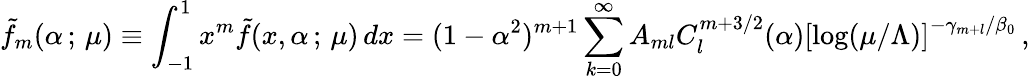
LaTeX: \tilde{f}_{m}(\alpha\, ;\, \mu)\equiv\int_{-1}^{1}x^{m}\tilde{f}(x,\alpha\, ;\, \mu)\, dx=(1-\alpha^{2})^{m+1}\sum_{k=0}^{\infty}A_{ml}C_{l}^{m+3/2}(\alpha)\left[\log(\mu/\Lambda)\right]^{-\gamma_{m+l}/\beta_{0}}\, ,